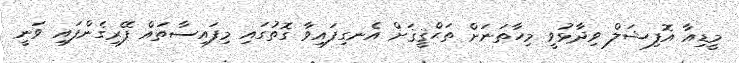
މީޑިއާ އޮފިޝަލް ވިދާޅުވީ މިހާތަނަށް ތަޙްޤީޤަށް އެނގިފައިވާ ގޮތުގައި މިފައިސާތައް ފޭރިގެންފައި ވަނީ